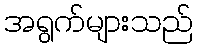
အရွက်များသည်